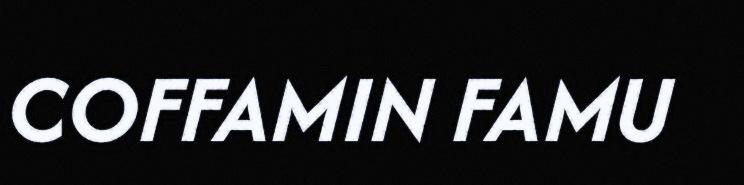
COFFAMIN FAMU